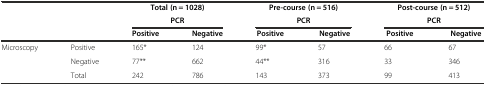
|  |  | <COLSPAN=2> Total (n = 1028) | <COLSPAN=2> Pre-course (n = 516) | <COLSPAN=2> Post-course (n = 512) |
 |  |  | <COLSPAN=2> PCR | <COLSPAN=2> PCR | <COLSPAN=2> PCR |
 |  |  | Positive | Negative | Positive | Negative | Positive | Negative |
 | --- | --- | --- | --- | --- | --- | --- | --- |
 | Microscopy | Positive | 165* | 124 | 99* | 57 | 66 | 67 |
 |  | Negative | 77** | 662 | 44** | 316 | 33 | 346 |
 |  | Total | 242 | 786 | 143 | 373 | 99 | 413 |